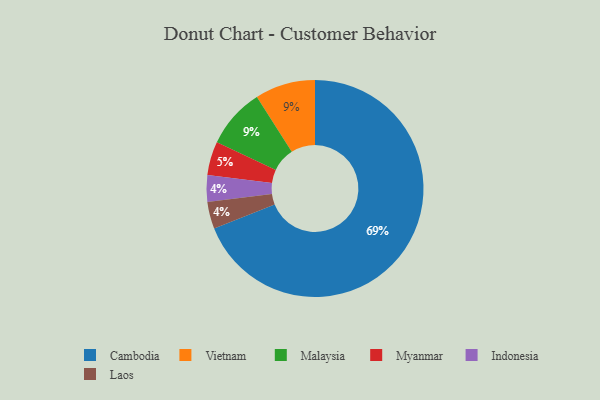
{"axis": {"x": "Category", "y": "Percentage"}, "legend": ["Cambodia", "Indonesia", "Laos", "Malaysia", "Myanmar", "Vietnam"], "data": [{"x": "Myanmar", "y": 5, "type": "Myanmar"}, {"x": "Indonesia", "y": 4, "type": "Indonesia"}, {"x": "Laos", "y": 4, "type": "Laos"}, {"x": "Cambodia", "y": 69, "type": "Cambodia"}, {"x": "Vietnam", "y": 9, "type": "Vietnam"}, {"x": "Malaysia", "y": 9, "type": "Malaysia"}]}